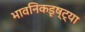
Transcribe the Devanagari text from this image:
भावनिकडृष्ट्या